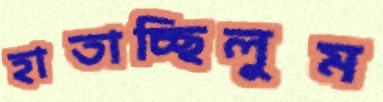
হাতাচ্ছিলুম